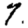
Digit: 7